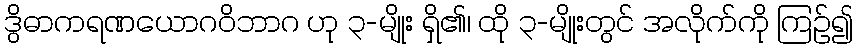
ဒွိဓာကရဏယောဂဝိဘာဂ ဟု ၃-မျိုး ရှိ၏၊ ထို ၃-မျိုးတွင် အလိုက်ကို ကြဉ်၍